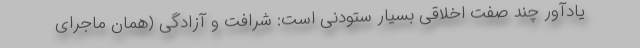
یادآور چند صفت اخلاقی بسیار ستودنی است: شرافت و آزادگی (همان ماجرای